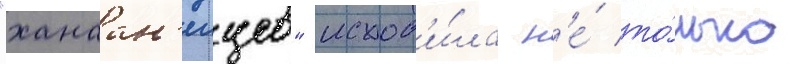
"ханаан'еицев" исход'и́ла н'е́ то́лько